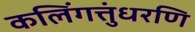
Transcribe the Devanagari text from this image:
कलिंगत्तुंधरणि